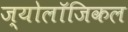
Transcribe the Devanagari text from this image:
ज्योलॉजिकल